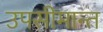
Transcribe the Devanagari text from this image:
उपसीमान्त